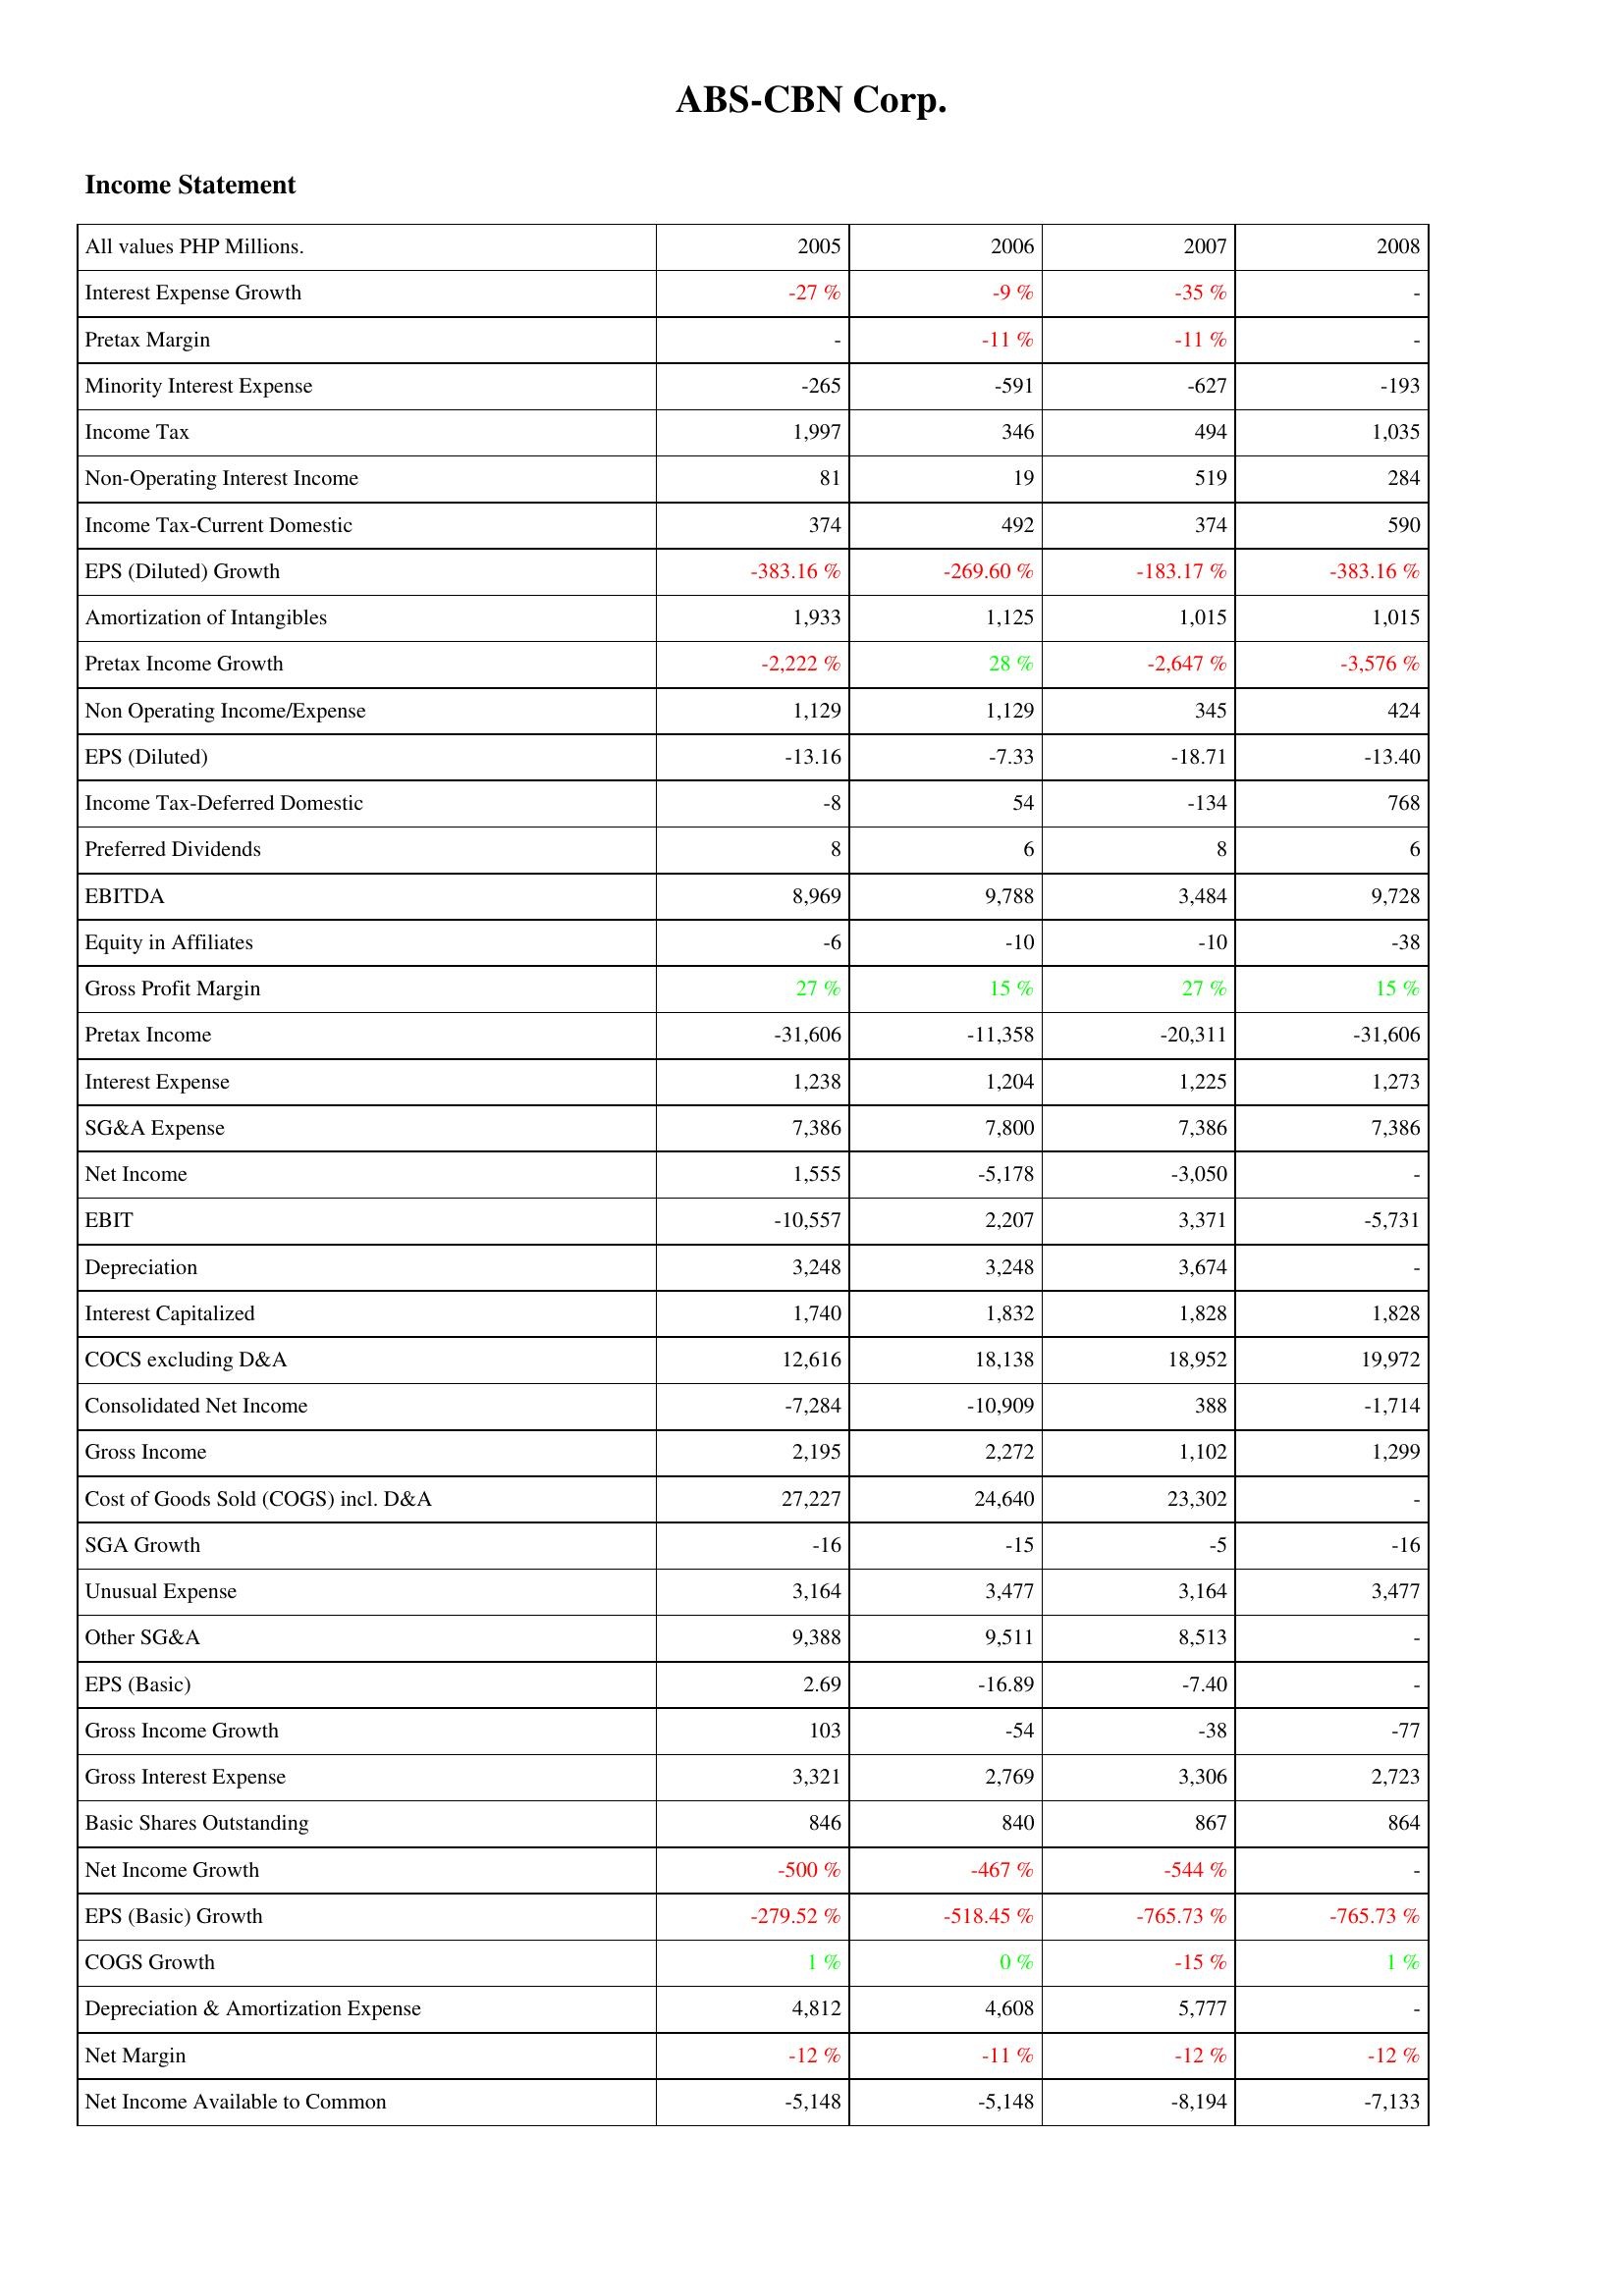
2005: Income Statement: Interest Expense Growth: -27 %
Pretax Margin: -
Minority Interest Expense: -265
Income Tax: 1,997
Non-Operating Interest Income: 81
Income Tax-Current Domestic: 374
EPS (Diluted) Growth: -383.16 %
Amortization of Intangibles: 1,933
Pretax Income Growth: -2,222 %
Non Operating Income/Expense: 1,129
EPS (Diluted): -13.16
Income Tax-Deferred Domestic: -8
Preferred Dividends: 8
EBITDA: 8,969
Equity in Affiliates: -6
Gross Profit Margin: 27 %
Pretax Income: -31,606
Interest Expense: 1,238
SG&A Expense: 7,386
Net Income: 1,555
EBIT: -10,557
Depreciation: 3,248
Interest Capitalized: 1,740
COCS excluding D&A: 12,616
Consolidated Net Income: -7,284
Gross Income: 2,195
Cost of Goods Sold (COGS) incl. D&A: 27,227
SGA Growth: -16
Unusual Expense: 3,164
Other SG&A: 9,388
EPS (Basic): 2.69
Gross Income Growth: 103
Gross Interest Expense: 3,321
Basic Shares Outstanding: 846
Net Income Growth: -500 %
EPS (Basic) Growth: -279.52 %
COGS Growth: 1 %
Depreciation & Amortization Expense: 4,812
Net Margin: -12 %
Net Income Available to Common: -5,148
2006: Income Statement: Interest Expense Growth: -9 %
Pretax Margin: -11 %
Minority Interest Expense: -591
Income Tax: 346
Non-Operating Interest Income: 19
Income Tax-Current Domestic: 492
EPS (Diluted) Growth: -269.60 %
Amortization of Intangibles: 1,125
Pretax Income Growth: 28 %
Non Operating Income/Expense: 1,129
EPS (Diluted): -7.33
Income Tax-Deferred Domestic: 54
Preferred Dividends: 6
EBITDA: 9,788
Equity in Affiliates: -10
Gross Profit Margin: 15 %
Pretax Income: -11,358
Interest Expense: 1,204
SG&A Expense: 7,800
Net Income: -5,178
EBIT: 2,207
Depreciation: 3,248
Interest Capitalized: 1,832
COCS excluding D&A: 18,138
Consolidated Net Income: -10,909
Gross Income: 2,272
Cost of Goods Sold (COGS) incl. D&A: 24,640
SGA Growth: -15
Unusual Expense: 3,477
Other SG&A: 9,511
EPS (Basic): -16.89
Gross Income Growth: -54
Gross Interest Expense: 2,769
Basic Shares Outstanding: 840
Net Income Growth: -467 %
EPS (Basic) Growth: -518.45 %
COGS Growth: 0 %
Depreciation & Amortization Expense: 4,608
Net Margin: -11 %
Net Income Available to Common: -5,148
2007: Income Statement: Interest Expense Growth: -35 %
Pretax Margin: -11 %
Minority Interest Expense: -627
Income Tax: 494
Non-Operating Interest Income: 519
Income Tax-Current Domestic: 374
EPS (Diluted) Growth: -183.17 %
Amortization of Intangibles: 1,015
Pretax Income Growth: -2,647 %
Non Operating Income/Expense: 345
EPS (Diluted): -18.71
Income Tax-Deferred Domestic: -134
Preferred Dividends: 8
EBITDA: 3,484
Equity in Affiliates: -10
Gross Profit Margin: 27 %
Pretax Income: -20,311
Interest Expense: 1,225
SG&A Expense: 7,386
Net Income: -3,050
EBIT: 3,371
Depreciation: 3,674
Interest Capitalized: 1,828
COCS excluding D&A: 18,952
Consolidated Net Income: 388
Gross Income: 1,102
Cost of Goods Sold (COGS) incl. D&A: 23,302
SGA Growth: -5
Unusual Expense: 3,164
Other SG&A: 8,513
EPS (Basic): -7.40
Gross Income Growth: -38
Gross Interest Expense: 3,306
Basic Shares Outstanding: 867
Net Income Growth: -544 %
EPS (Basic) Growth: -765.73 %
COGS Growth: -15 %
Depreciation & Amortization Expense: 5,777
Net Margin: -12 %
Net Income Available to Common: -8,194
2008: Income Statement: Interest Expense Growth: -
Pretax Margin: -
Minority Interest Expense: -193
Income Tax: 1,035
Non-Operating Interest Income: 284
Income Tax-Current Domestic: 590
EPS (Diluted) Growth: -383.16 %
Amortization of Intangibles: 1,015
Pretax Income Growth: -3,576 %
Non Operating Income/Expense: 424
EPS (Diluted): -13.40
Income Tax-Deferred Domestic: 768
Preferred Dividends: 6
EBITDA: 9,728
Equity in Affiliates: -38
Gross Profit Margin: 15 %
Pretax Income: -31,606
Interest Expense: 1,273
SG&A Expense: 7,386
Net Income: -
EBIT: -5,731
Depreciation: -
Interest Capitalized: 1,828
COCS excluding D&A: 19,972
Consolidated Net Income: -1,714
Gross Income: 1,299
Cost of Goods Sold (COGS) incl. D&A: -
SGA Growth: -16
Unusual Expense: 3,477
Other SG&A: -
EPS (Basic): -
Gross Income Growth: -77
Gross Interest Expense: 2,723
Basic Shares Outstanding: 864
Net Income Growth: -
EPS (Basic) Growth: -765.73 %
COGS Growth: 1 %
Depreciation & Amortization Expense: -
Net Margin: -12 %
Net Income Available to Common: -7,133